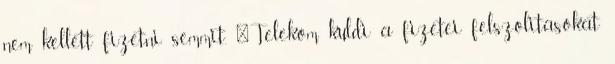
nem kellett fizetni semmit. "Telekom kuldi a fizetei felszolitasokat